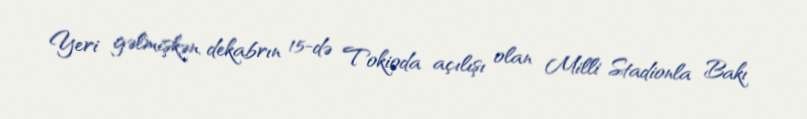
Yeri gəlmişkən, dekabrın 15-də Tokioda açılışı olan Milli Stadionla Bakı